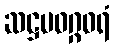
ဆဋ္ဌမဝဂ္ဂဝရံ